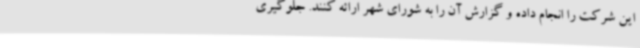
این شرکت را انجام داده و گزارش آن را به شورای شهر ارائه کنند. جلوگیری